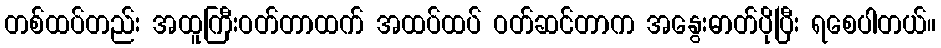
တစ်ထပ်တည်း အထူကြီးဝတ်တာထက် အထပ်ထပ် ဝတ်ဆင်တာက အနွေးဓာတ်ပိုပြီး ရစေပါတယ်။